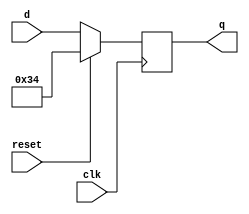
module top_module (
    input wire clk,
    input wire reset,
    input wire [7:0] d,
    output reg [7:0] q
);
    // D Flip-Flop logic with synchronous reset to 0x34 triggered on negative edge of clk
    always @(negedge clk) begin
        if (reset)
            q <= 8'h34; // reset value 0x34 (hexadecimal)
        else
            q <= d;
    end
endmodule